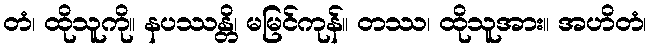
တံ၊ ထိုသူကို။ နပဿန္တိ၊ မမြင်ကုန်။ တဿ၊ ထိုသူအား။ အဟိတံ၊